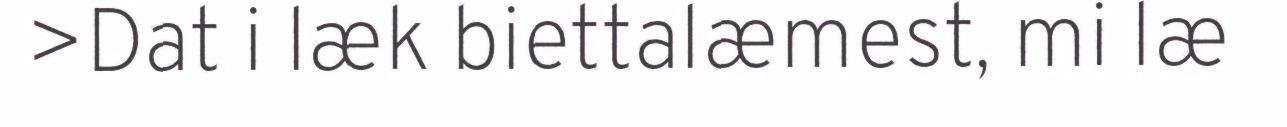
>Dat i læk biettalæmest, mi læ